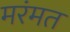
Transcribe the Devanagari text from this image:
मरंमत